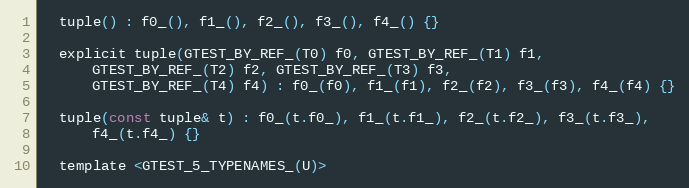
Language: C
  tuple() : f0_(), f1_(), f2_(), f3_(), f4_() {}

  explicit tuple(GTEST_BY_REF_(T0) f0, GTEST_BY_REF_(T1) f1,
      GTEST_BY_REF_(T2) f2, GTEST_BY_REF_(T3) f3,
      GTEST_BY_REF_(T4) f4) : f0_(f0), f1_(f1), f2_(f2), f3_(f3), f4_(f4) {}

  tuple(const tuple& t) : f0_(t.f0_), f1_(t.f1_), f2_(t.f2_), f3_(t.f3_),
      f4_(t.f4_) {}

  template <GTEST_5_TYPENAMES_(U)>